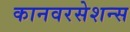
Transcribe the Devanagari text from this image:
कानवरसेशन्स